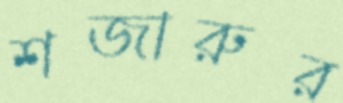
শজারুর